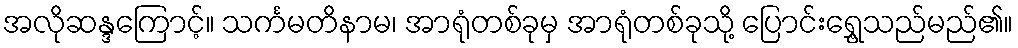
အလိုဆန္ဒကြောင့်။ သင်္ကမတိနာမ၊ အာရုံတစ်ခုမှ အာရုံတစ်ခုသို့ ပြောင်းရွှေ့သည်မည်၏။